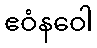
ဧဝံနဝေါ